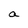
Character: a